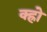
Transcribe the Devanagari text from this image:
क्ह्रो